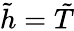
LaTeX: {\tilde{h}}={\tilde{T}}